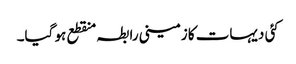
کئی دیہات کا زمینی رابطہ منقطع ہو گیا۔